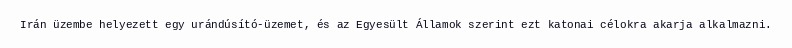
Irán üzembe helyezett egy urándúsító-üzemet, és az Egyesült Államok szerint ezt katonai célokra akarja alkalmazni.